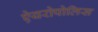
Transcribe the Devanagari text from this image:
ऐयरोपोलिस